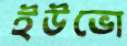
ইউভো